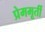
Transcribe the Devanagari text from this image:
प्रेममूर्ती